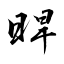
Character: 晘